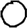
Digit: 0